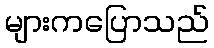
များကပြောသည်